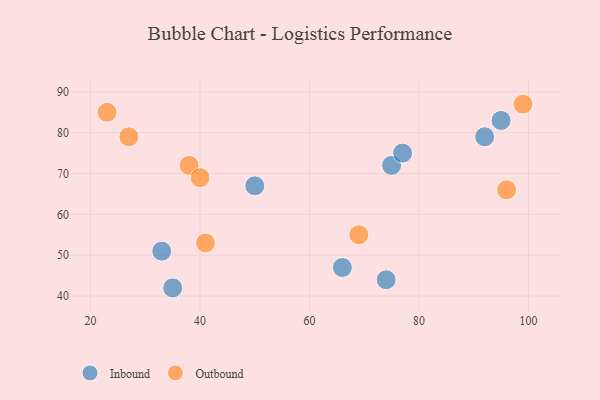
{"axis": {"x": "GDP", "y": "Life Expectancy"}, "legend": ["Inbound", "Outbound"], "data": [{"x": "66", "y": 47, "type": "Inbound"}, {"x": "33", "y": 51, "type": "Inbound"}, {"x": "35", "y": 42, "type": "Inbound"}, {"x": "75", "y": 72, "type": "Inbound"}, {"x": "77", "y": 75, "type": "Inbound"}, {"x": "74", "y": 44, "type": "Inbound"}, {"x": "92", "y": 79, "type": "Inbound"}, {"x": "50", "y": 67, "type": "Inbound"}, {"x": "95", "y": 83, "type": "Inbound"}, {"x": "69", "y": 55, "type": "Outbound"}, {"x": "41", "y": 53, "type": "Outbound"}, {"x": "38", "y": 72, "type": "Outbound"}, {"x": "99", "y": 87, "type": "Outbound"}, {"x": "27", "y": 79, "type": "Outbound"}, {"x": "96", "y": 66, "type": "Outbound"}, {"x": "23", "y": 85, "type": "Outbound"}, {"x": "40", "y": 69, "type": "Outbound"}]}